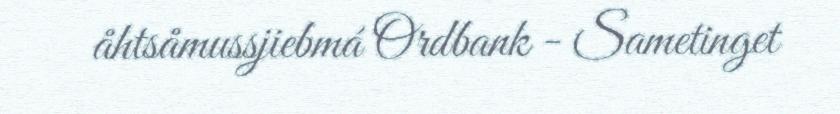
åhtsåmussjiebmá Ordbank - Sametinget